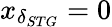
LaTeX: x_{\delta_{STG}}=0